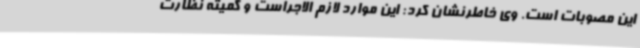
این مصوبات است. وی خاطرنشان کرد: این موارد لازم الاجراست و کمیته نظارت